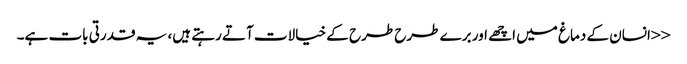
<<انسان کے دماغ میں اچھے اور برے طرح طرح کے خیالات آتے رہتے ہیں، یہ قدرتی بات ہے۔